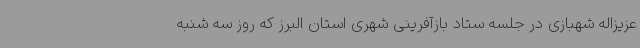
عزیزاله شهبازی در جلسه ستاد بازآفرینی شهری استان البرز که روز سه شنبه